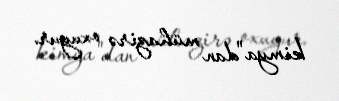
kimya"dan mühazirə oxuyur.